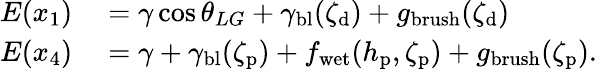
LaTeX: \begin{array}{rl}{E(x_{1})}&{{}=\gamma\cos{\theta_{LG}}+\gamma_{\mathrm{bl}}(\zeta_{\mathrm{d}})+g_{\mathrm{brush}}({\zeta_{\mathrm{d}}})}\\ {E(x_{4})}&{{}=\gamma+\gamma_{\mathrm{bl}}(\zeta_{\mathrm{p}})+f_{\mathrm{wet}}(h_{\mathrm{p}},\zeta_{\mathrm{p}})+g_{\mathrm{brush}}({\zeta_{\mathrm{p}}}).}\end{array}